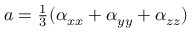
\begin{array} { r } { a = \frac { 1 } { 3 } ( \alpha _ { x x } + \alpha _ { y y } + \alpha _ { z z } ) } \end{array}